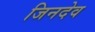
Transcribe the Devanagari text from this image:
जिनदेव